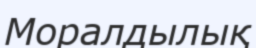
Моралдылық